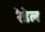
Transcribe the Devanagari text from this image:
रेडेल